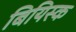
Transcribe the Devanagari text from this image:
बियिस्क